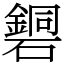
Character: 𥖹